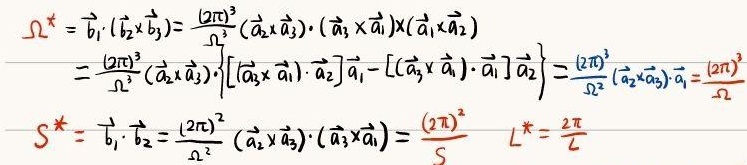
\[
\begin{align*}
\Omega^{\star}&=\vec{b}_{1}\cdot(\vec{b}_{2}\times\vec{b}_{3})=\frac{(2\pi)^{3}}{\Omega^{3}}(\vec{a}_{2}\times\vec{a}_{3})\cdot((\vec{a}_{3}\times\vec{a}_{1})\times(\vec{a}_{1}\times\vec{a}_{2}))\\
&=\frac{(2\pi)^{3}}{\Omega^{3}}(\vec{a}_{2}\times\vec{a}_{3})\cdot\left\{[(\vec{a}_{3}\times\vec{a}_{1})\cdot\vec{a}_{2}]\vec{a}_{1}-[(\vec{a}_{3}\times\vec{a}_{1})\cdot\vec{a}_{1}]\vec{a}_{2}\right\}\\
&=\frac{(2\pi)^{3}}{\Omega^{2}}(\vec{a}_{2}\times\vec{a}_{3})\cdot\vec{a}_{1}=\frac{(2\pi)^{3}}{\Omega}\\
S^{\star}&=\vec{b}_{1}\cdot\vec{b}_{2}=\frac{(2\pi)^{2}}{\Omega^{2}}(\vec{a}_{2}\times\vec{a}_{3})\cdot(\vec{a}_{3}\times\vec{a}_{1})=\frac{(2\pi)^{2}}{S}\\
L^{\star}&=\frac{2\pi}{L}
\end{align*}
\]